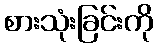
စားသုံးခြင်းကို